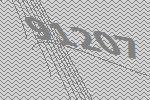
91207